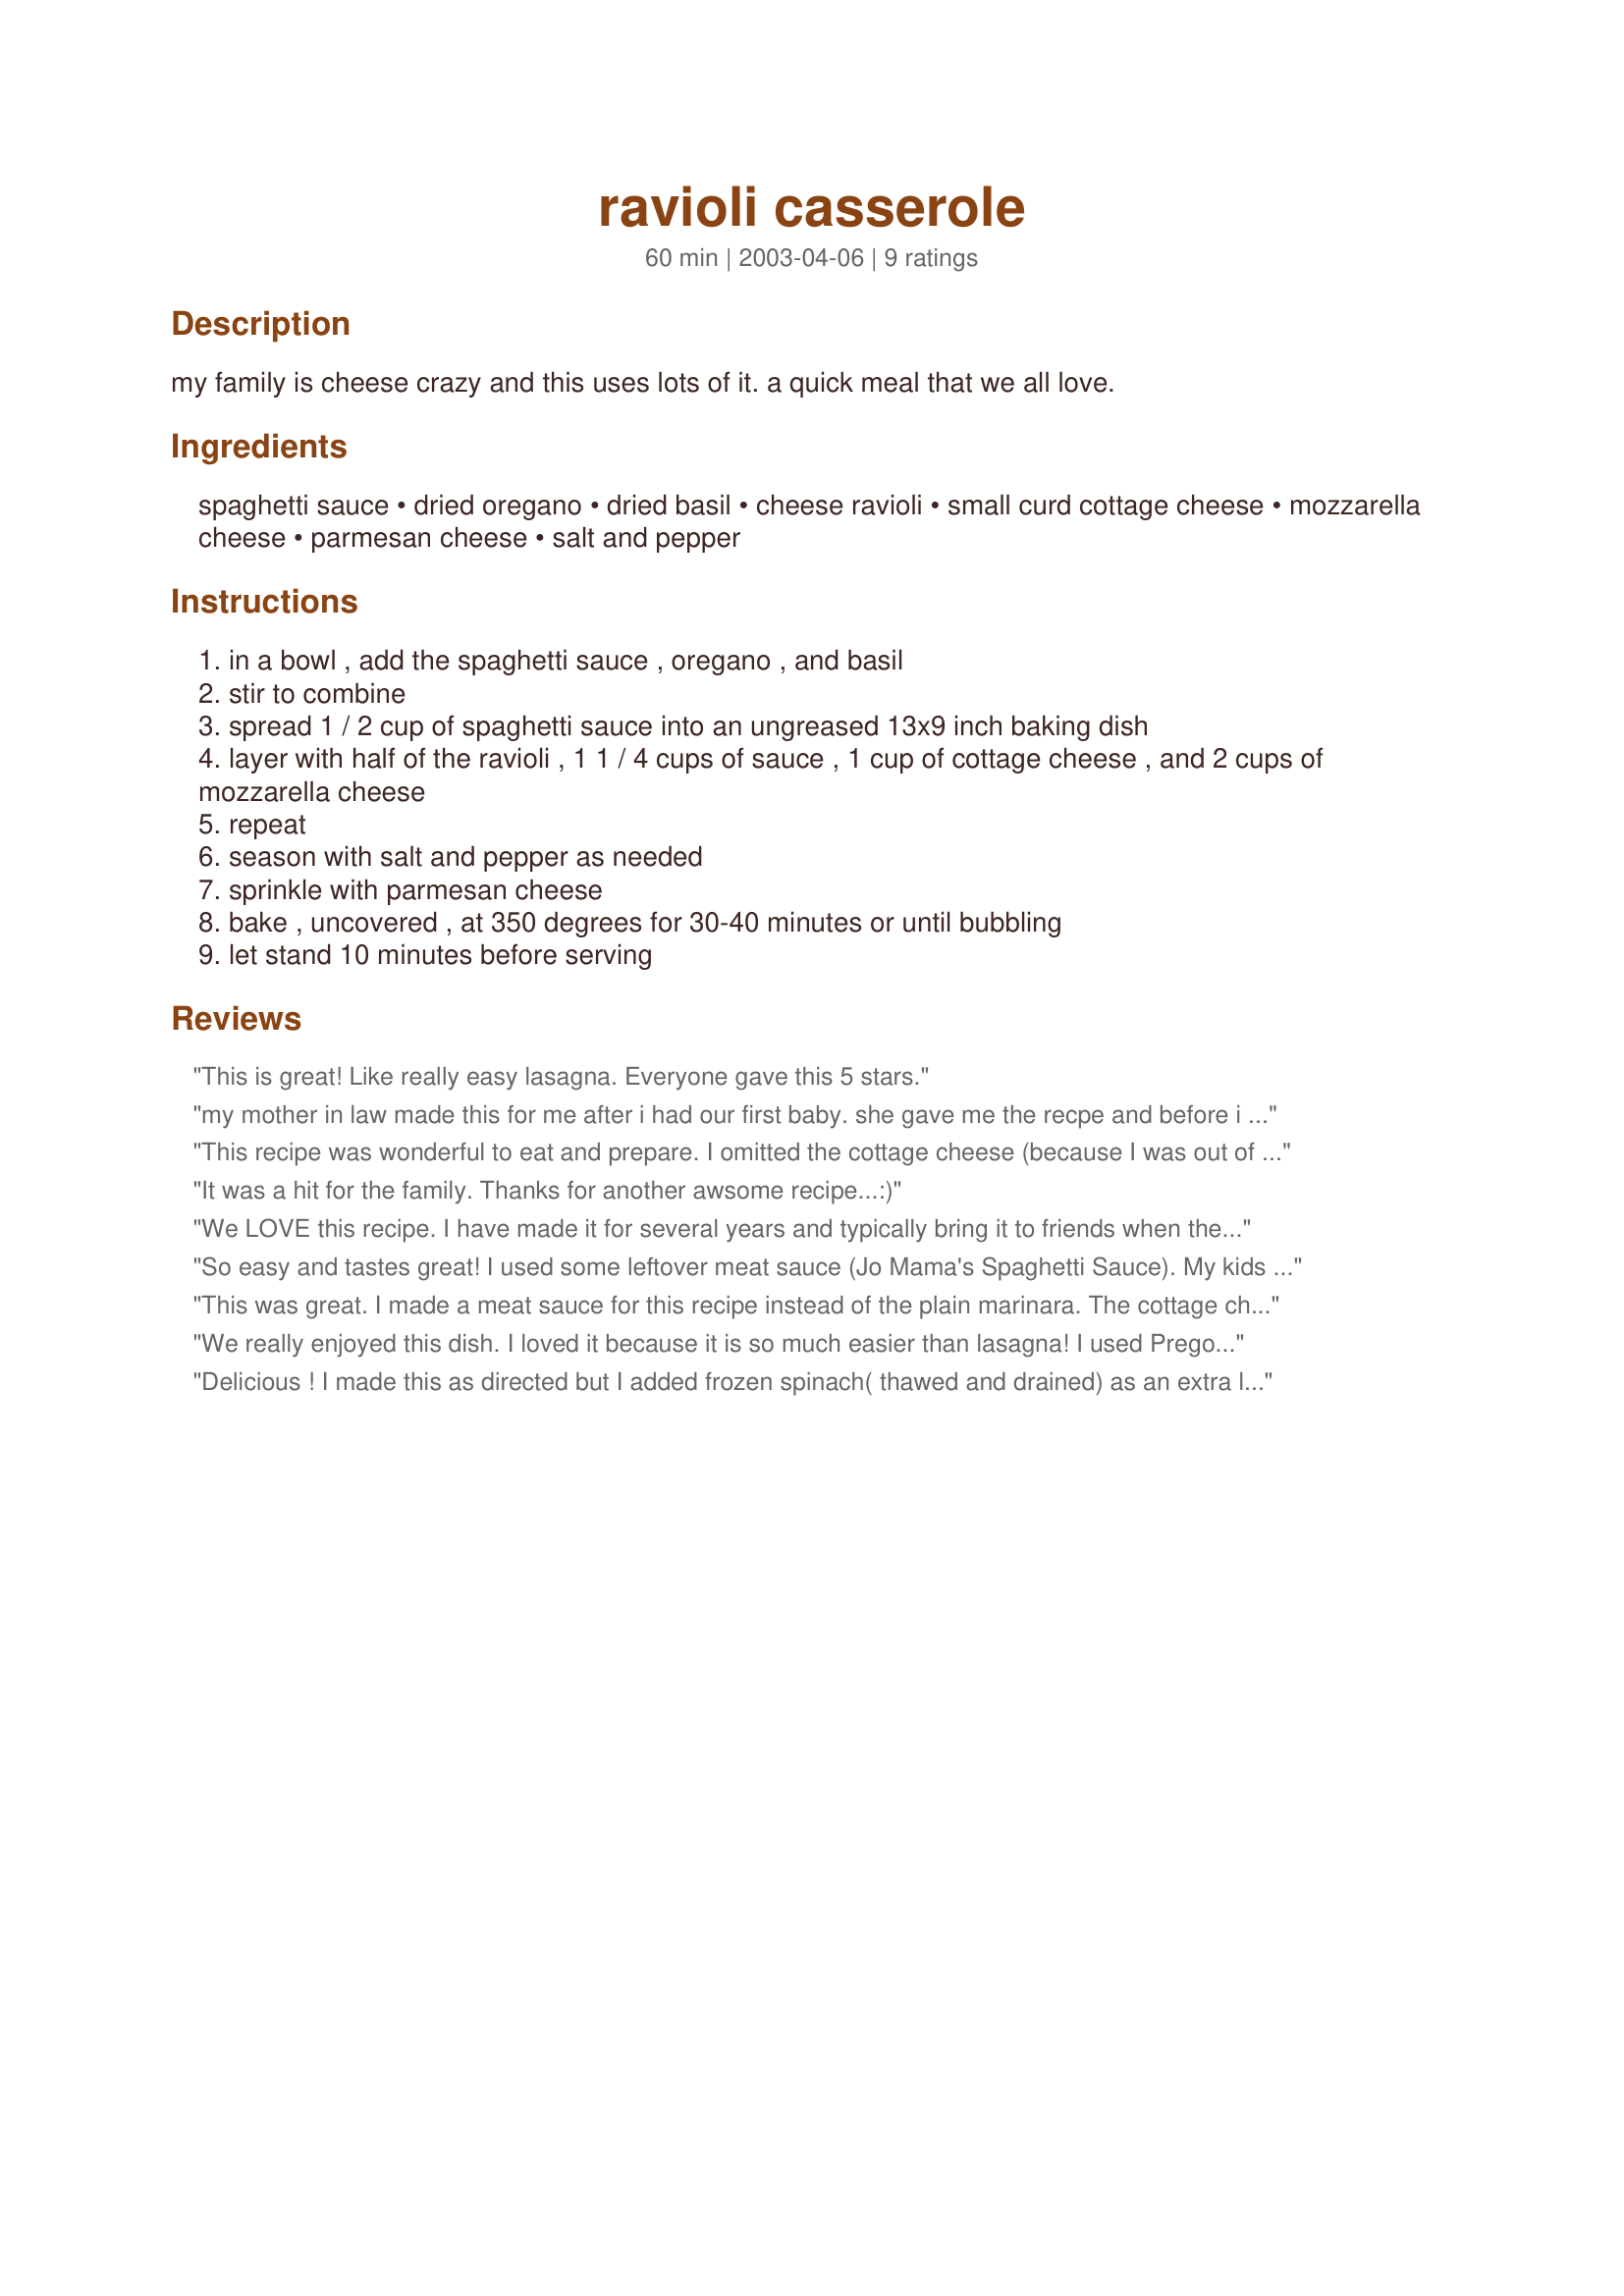
ravioli casserole
Preparation time: 60 minutes

my family is cheese crazy and this uses lots of it. a quick meal that we all love.

Ingredients:
spaghetti sauce, dried oregano, dried basil, cheese ravioli, small curd cottage cheese, mozzarella cheese, parmesan cheese, salt and pepper

Steps:
in a bowl , add the spaghetti sauce , oregano , and basil
stir to combine
spread 1 / 2 cup of spaghetti sauce into an ungreased 13x9 inch baking dish
layer with half of the ravioli , 1 1 / 4 cups of sauce , 1 cup of cottage cheese , and 2 cups of mozzarella cheese
repeat
season with salt and pepper as needed
sprinkle with parmesan cheese
bake , uncovered , at 350 degrees for 30-40 minutes or until bubbling
let stand 10 minutes before serving

Reviews:
This is great! Like really easy lasagna. Everyone gave this 5 stars.
my mother in law made this for me after i had our first baby. she gave me the recpe and before i posted i thought id better search for it first. this is exactly the same except for the dried basil and oregano. i dont like cottage cheese but it sure is good in this. i will try cooking this healthier by using low fat cheeses. cottage cheese is so good for you that this will make a great healthy meal im sure.
This recipe was wonderful to eat and prepare. I omitted the cottage cheese (because I was out of it) and there was enough cheese in the ravioli to compensate. It tasted just like homemade lasanga. My family loves lasagna and I am always talking my way out of making it because of the prep work involved in the noodle part. Now my family is happy, they plan on eating this recipe a couple of times a month. Thanks much to NurseDi.
It was a hit for the family. Thanks for another awsome recipe...:)
We LOVE this recipe. I have made it for several years and typically bring it to friends when they have new babies. Everyone asks for the recipe. It is one of my favorite winter meals.
So easy and tastes great! I used some leftover meat sauce (Jo Mama's Spaghetti Sauce). My kids loved it! I totally plan on keeping this one handy! Thanks for posting!
This was great. I made a meat sauce for this recipe instead of the plain marinara. The cottage cheese makes it very tasty.
We really enjoyed this dish. I loved it because it is so much easier than lasagna! I used Prego Roasted Garlic Parmesan spaghetti sauce, which gave it wonderful garlic flavor. Thanks for a keeper!
Delicious ! I made this as directed but I added frozen spinach( thawed and drained) as an extra layer. Thanks for the great recipe!
